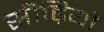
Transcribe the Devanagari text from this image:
सीढ़ियों